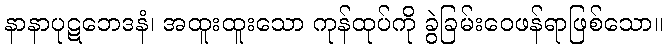
နာနာပုဋဘေဒနံ၊ အထူးထူးသော ကုန်ထုပ်ကို ခွဲခြမ်းဝေဖန်ရာဖြစ်သော။